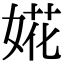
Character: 婲